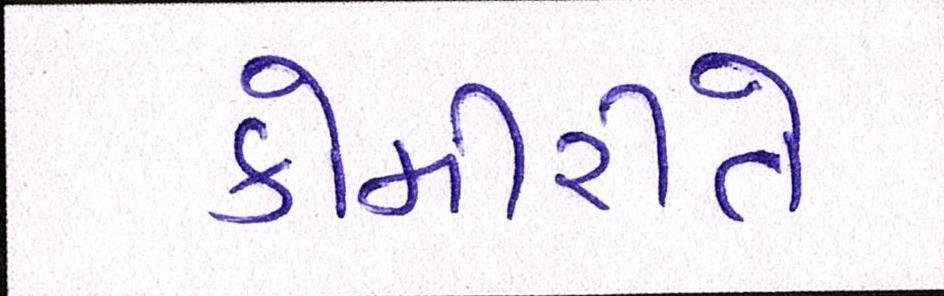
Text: કોમીરીતે